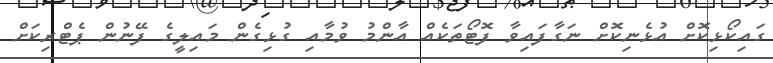
ގައިކޯޅިކޮށް އުޅެނިކޮށް ނަގާފައިވާ ފޮޓޯތަކެއް އާންމު ވުމާއި ގުޅިގެން މައިލީގެ ފޭނުން ޕެޓްރިކަށް